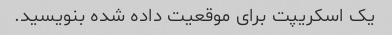
یک اسکریپت برای موقعیت داده شده بنویسید.